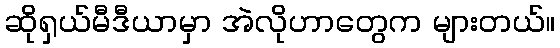
ဆိုရှယ်မီဒီယာမှာ အဲလိုဟာတွေက များတယ်။